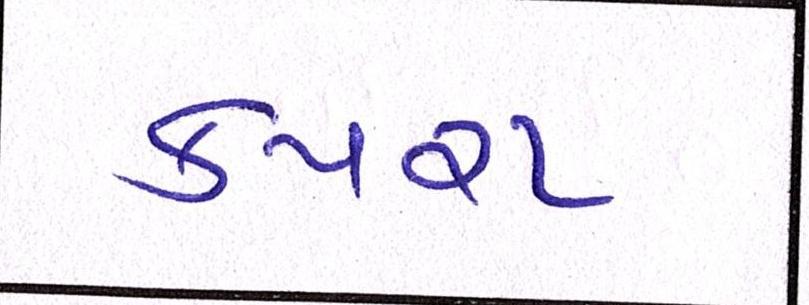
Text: કપરા